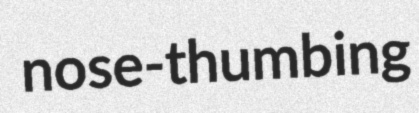
nose-thumbing